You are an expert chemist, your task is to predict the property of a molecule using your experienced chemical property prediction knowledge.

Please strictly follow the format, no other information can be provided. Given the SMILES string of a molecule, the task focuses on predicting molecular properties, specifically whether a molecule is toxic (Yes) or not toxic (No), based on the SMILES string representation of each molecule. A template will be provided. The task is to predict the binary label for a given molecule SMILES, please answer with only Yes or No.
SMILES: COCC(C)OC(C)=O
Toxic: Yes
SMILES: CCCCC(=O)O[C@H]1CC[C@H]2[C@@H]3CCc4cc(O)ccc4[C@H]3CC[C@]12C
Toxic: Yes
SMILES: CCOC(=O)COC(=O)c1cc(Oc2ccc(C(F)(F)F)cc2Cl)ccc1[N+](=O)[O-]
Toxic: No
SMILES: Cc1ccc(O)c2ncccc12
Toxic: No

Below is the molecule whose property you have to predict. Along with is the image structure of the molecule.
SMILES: CCCCC/C=C\C/C=C\CCCCCCCC(=O)OC
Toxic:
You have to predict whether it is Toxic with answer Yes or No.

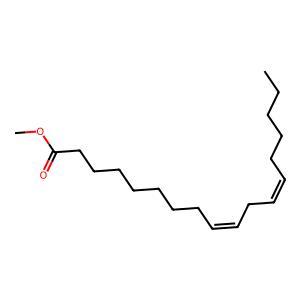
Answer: Yes